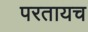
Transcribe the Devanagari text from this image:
परतायच